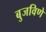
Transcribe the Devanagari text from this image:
बुजविणे